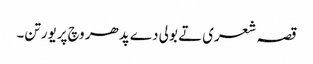
قصہ شعری تے بولی دے پدھر وچ پریورتن۔